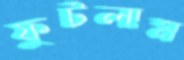
ফুটলাম